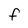
Character: f